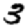
Digit: 3